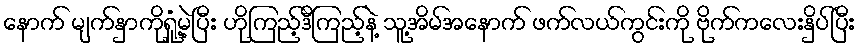
နောက် မျက်နှာကိုရှုံ့မဲ့ပြီး ဟိုကြည့်ဒီကြည့်နဲ့ သူ့အိမ်အနောက် ဖက်လယ်ကွင်းကို ဗိုက်ကလေးနှိပ်ပြီး